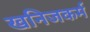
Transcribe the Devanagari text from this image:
खनिजकर्म